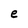
Character: e